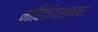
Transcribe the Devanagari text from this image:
माहितीदर्शकावर